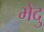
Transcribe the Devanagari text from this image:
भेदु